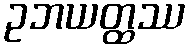
ဥဘယတ္ထဿ